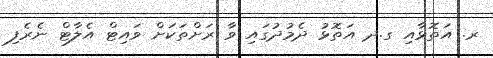
ރ. އަތޮޅާއި ގ.ދ އަތޮޅު ދެމުދުގައި ވާ ރަށްތަކަށް ވައިޓް އެލާޓް ނެރެފި